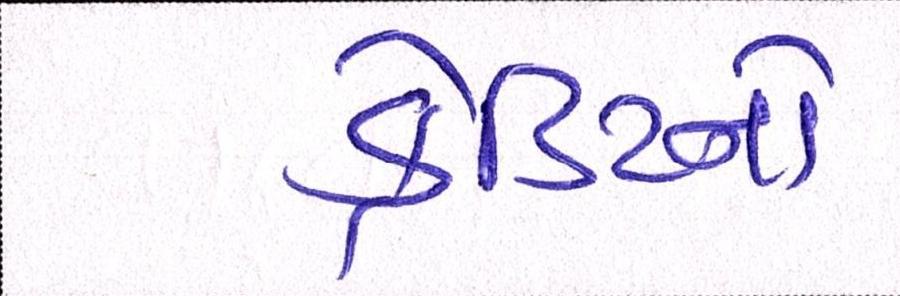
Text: ક્રેડિટનો